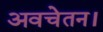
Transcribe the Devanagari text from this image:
अवचेतन।